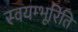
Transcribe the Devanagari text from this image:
स्वयम्भूरिति